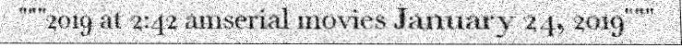
"""2019 at 2:42 amserial movies January 24, 2019"""